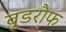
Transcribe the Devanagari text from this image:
वूडरौफ